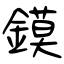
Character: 鏌